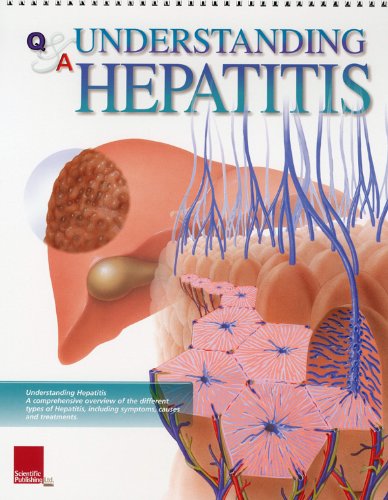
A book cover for Understanding Hepatitis Flip Chart (Flip Charts); Scientific Publishing; Health, Fitness & Dieting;